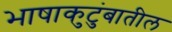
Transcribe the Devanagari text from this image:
भाषाकुटुंबातील